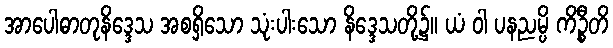
အာပေါဓာတုနိဒ္ဒေသ အစရှိသော သုံးပါးသော နိဒ္ဒေသတို့၌။ ယံ ဝါ ပနညမ္ပိ ကိဉ္စီတိ